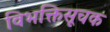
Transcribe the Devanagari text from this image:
विभक्तिसूचक